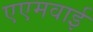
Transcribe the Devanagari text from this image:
एएमवाई